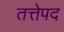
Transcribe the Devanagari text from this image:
तत्तेपद